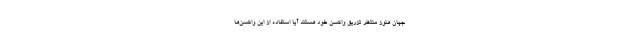
جهان هنوز منتظر تزریق واکسن خود هستند آیا استفاده از این واکسن‌ها